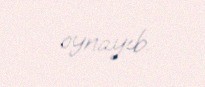
oynayıb.